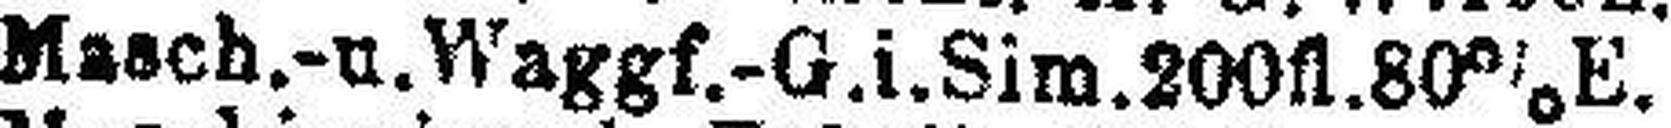
Masch.-u. Waggf.-G.i.Sim. 200fl. 80% E.